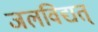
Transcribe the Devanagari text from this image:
जलविद्यत्